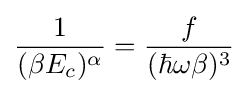
{\frac {1}{(\beta E_{c})^{\alpha }}}={\frac {f}{(\hbar \omega \beta )^{3}}}